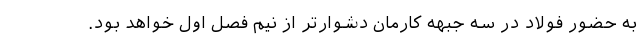
به حضور فولاد در سه جبهه کارمان دشوارتر از نیم فصل اول خواهد بود.